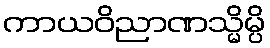
ကာယဝိညာဏသ္မိမ္ပိ